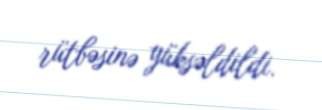
rütbəsinə yüksəldildi.